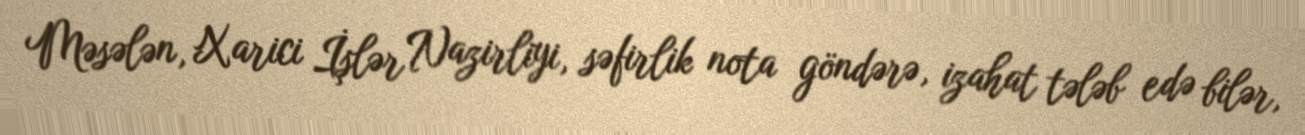
Məsələn, Xarici İşlər Nazirliyi, səfirlik nota göndərə, izahat tələb edə bilər,